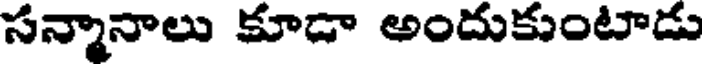
సన్మానాలు కూడా అందుకుంటాడు